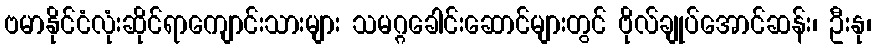
ဗမာနိုင်ငံလုံးဆိုင်ရာကျောင်းသားများ သမဂ္ဂခေါင်းဆောင်များတွင် ဗိုလ်ချုပ်အောင်ဆန်း၊ ဦးနု၊